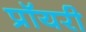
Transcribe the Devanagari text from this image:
प्रॉयरी